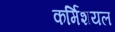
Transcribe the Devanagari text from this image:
कर्मिशयल